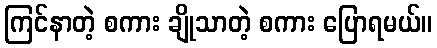
ကြင်နာတဲ့ စကား ချိုသာတဲ့ စကား ပြောရမယ်။